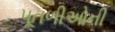
પૂતળીઓની